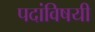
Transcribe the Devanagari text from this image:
पदांविषयी